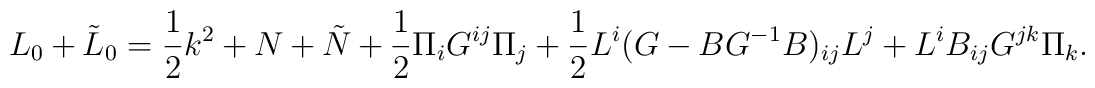
L_0+\tilde{ L}_0=\frac{1}{2}k^2+N+\tilde{ N}+\frac{1}{2}\Pi_iG^{ij}\Pi_j+\frac{1}{2}L^i(G-BG^{-1}B)_{ij}L^j+L^iB_{ij}G^{jk}\Pi_k.